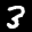
Label: 3